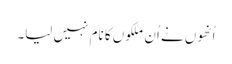
اُنھوں نے اُن ملکوں کا نام نہیں لیا۔